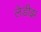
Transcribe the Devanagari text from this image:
लेडीझ